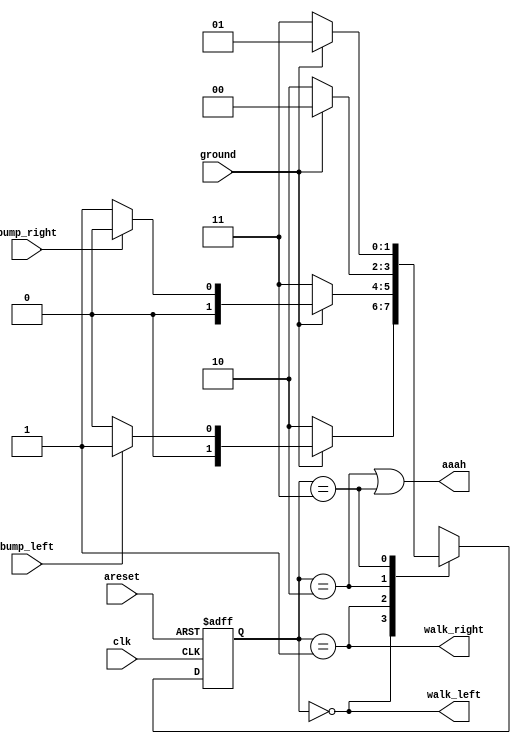

module top_module(
    input clk,
    input areset,    // Freshly brainwashed Lemmings walk left.
    input bump_left,
    input bump_right,
    input ground,
    output walk_left,
    output walk_right,
    output aaah ); 

	localparam [1:0] WALK_L = 2'b00,
					 WALK_R = 2'b01,
					 FALL_L = 2'b10,
 					 FALL_R = 2'b11;

 	reg [1:0] state, next;

 	always @(posedge clk or posedge areset) begin
 		if(areset) state <= WALK_L;
 		else begin
 			state <= next;
 		end
 	end

 	always @(*) begin
 		case(state)
 			WALK_L : next = (ground == 0) ? FALL_L : ((bump_left == 1) ? WALK_R : WALK_L);
 			WALK_R : next = (ground == 0) ? FALL_R : ((bump_right == 1) ? WALK_L : WALK_R);
 			FALL_L : next = (ground == 1) ? WALK_L : FALL_L;
 			FALL_R : next = (ground == 1) ? WALK_R : FALL_R;
 		endcase
 	end

 	assign walk_left = (state == WALK_L);
 	assign walk_right = (state == WALK_R);
 	assign aaah = ((state == FALL_L) || (state == FALL_R));

endmodule